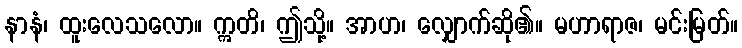
နာနံ၊ ထူးလေသလော။ ဣတိ၊ ဤသို့။ အာဟ၊ လျှောက်ဆို၏။ မဟာရာဇ၊ မင်းမြတ်။